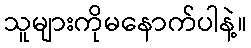
သူများကိုမနောက်ပါနဲ့။